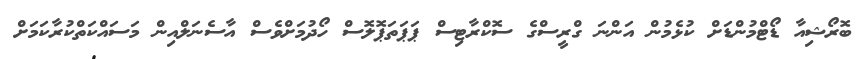
ބޮރޯޝިއާ ޑޯޓްމުންޑަށް ކުޅެމުން އަންނަ ގްރީސްގެ ސޮކްރާޓިސް ޕަޕަތަޕޮލޮސް ހޯދުމަށްވެސް އާސެނަލްއިން މަސައްކަތްކުރާކަމަށް